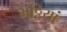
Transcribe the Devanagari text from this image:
भठ्ठियां